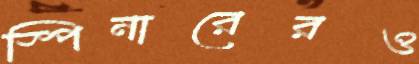
স্পিনারেরও